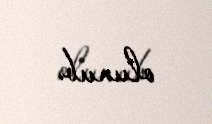
olunub.